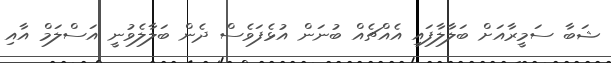
ޝަބާ ސަމީރާއަށް ބަލާލާފައި އެއްޗެއް ބުނަން އުޅެފަވެސް ދެން ބަލާލެވުނީ އަސްލަމް އާއި